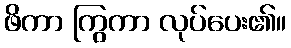
ဖိကာ ကြွကာ လုပ်ပေး၏။